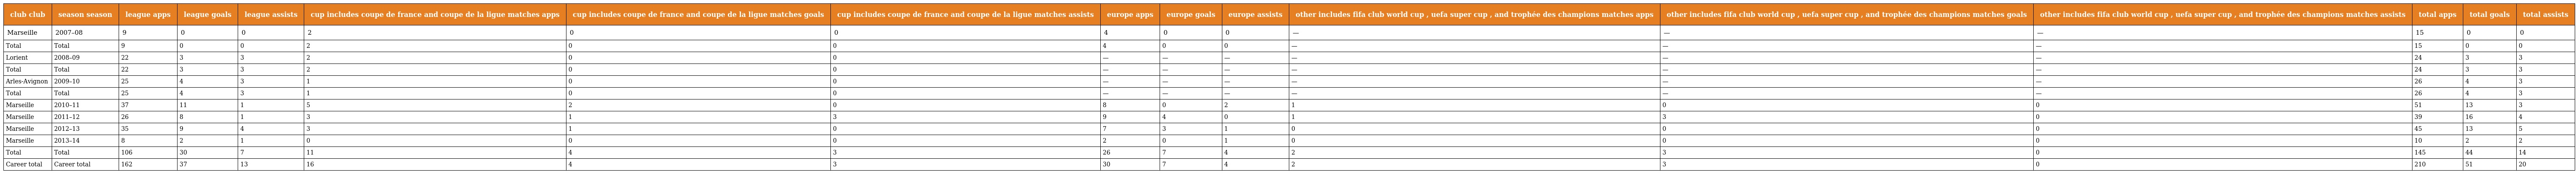
| club club | season season | league apps | league goals | league assists | cup includes coupe de france and coupe de la ligue matches apps | cup includes coupe de france and coupe de la ligue matches goals | cup includes coupe de france and coupe de la ligue matches assists | europe apps | europe goals | europe assists | other includes fifa club world cup , uefa super cup , and trophée des champions matches apps | other includes fifa club world cup , uefa super cup , and trophée des champions matches goals | other includes fifa club world cup , uefa super cup , and trophée des champions matches assists | total apps | total goals | total assists |
 | --- | --- | --- | --- | --- | --- | --- | --- | --- | --- | --- | --- | --- | --- | --- | --- | --- |
 | Marseille | 2007–08 | 9 | 0 | 0 | 2 | 0 | 0 | 4 | 0 | 0 | — | — | — | 15 | 0 | 0 |
 | Total | Total | 9 | 0 | 0 | 2 | 0 | 0 | 4 | 0 | 0 | — | — | — | 15 | 0 | 0 |
 | Lorient | 2008–09 | 22 | 3 | 3 | 2 | 0 | 0 | — | — | — | — | — | — | 24 | 3 | 3 |
 | Total | Total | 22 | 3 | 3 | 2 | 0 | 0 | — | — | — | — | — | — | 24 | 3 | 3 |
 | Arles-Avignon | 2009–10 | 25 | 4 | 3 | 1 | 0 | 0 | — | — | — | — | — | — | 26 | 4 | 3 |
 | Total | Total | 25 | 4 | 3 | 1 | 0 | 0 | — | — | — | — | — | — | 26 | 4 | 3 |
 | Marseille | 2010–11 | 37 | 11 | 1 | 5 | 2 | 0 | 8 | 0 | 2 | 1 | 0 | 0 | 51 | 13 | 3 |
 | Marseille | 2011–12 | 26 | 8 | 1 | 3 | 1 | 3 | 9 | 4 | 0 | 1 | 3 | 0 | 39 | 16 | 4 |
 | Marseille | 2012–13 | 35 | 9 | 4 | 3 | 1 | 0 | 7 | 3 | 1 | 0 | 0 | 0 | 45 | 13 | 5 |
 | Marseille | 2013–14 | 8 | 2 | 1 | 0 | 0 | 0 | 2 | 0 | 1 | 0 | 0 | 0 | 10 | 2 | 2 |
 | Total | Total | 106 | 30 | 7 | 11 | 4 | 3 | 26 | 7 | 4 | 2 | 3 | 0 | 145 | 44 | 14 |
 | Career total | Career total | 162 | 37 | 13 | 16 | 4 | 3 | 30 | 7 | 4 | 2 | 3 | 0 | 210 | 51 | 20 |